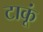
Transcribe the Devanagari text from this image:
टाकूं